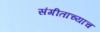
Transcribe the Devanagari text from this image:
संगीताच्याच